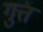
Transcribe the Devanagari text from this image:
गुत्त